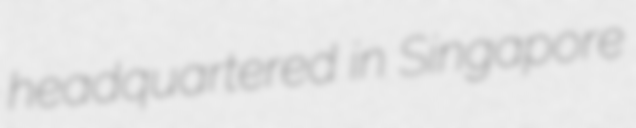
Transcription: headquartered in Singapore